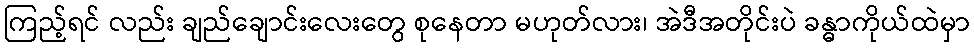
ကြည့်ရင် လည်း ချည်ချောင်းလေးတွေ စုနေတာ မဟုတ်လား၊ အဲဒီအတိုင်းပဲ ခန္ဓာကိုယ်ထဲမှာ